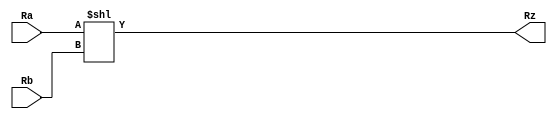
`timescale 1ns / 1ps



module Shl_32(
	input wire [31:0] Ra,
	input wire [31:0] Rb,
	output wire [31:0] Rz
	);
		//shifts left Ra by Rb bits and assign to Rz
		assign Rz = Ra << Rb;
	
endmodule